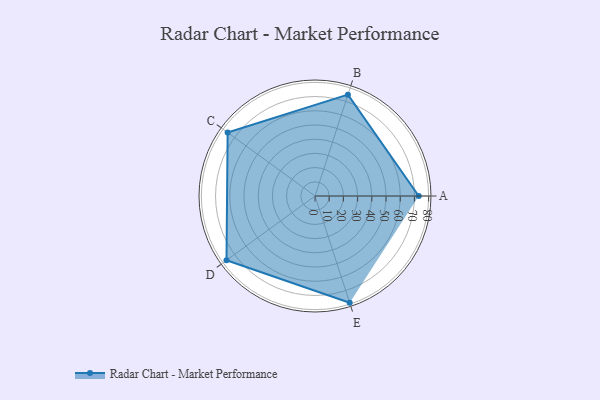
{"axis": {"x": "Skill", "y": "Score"}, "legend": ["Profile"], "data": [{"x": "A", "y": 73.0, "type": "Profile"}, {"x": "B", "y": 75.0, "type": "Profile"}, {"x": "C", "y": 76.0, "type": "Profile"}, {"x": "D", "y": 77.0, "type": "Profile"}, {"x": "E", "y": 79.0, "type": "Profile"}]}